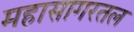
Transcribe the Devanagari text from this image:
महासागरतल